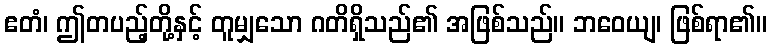
ဧတံ၊ ဤတပည့်တို့နှင့် တူမျှသော ဂတိရှိသည်၏ အဖြစ်သည်။ ဘဝေယျ၊ ဖြစ်ရာ၏။